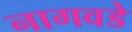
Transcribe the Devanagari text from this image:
नागवडे